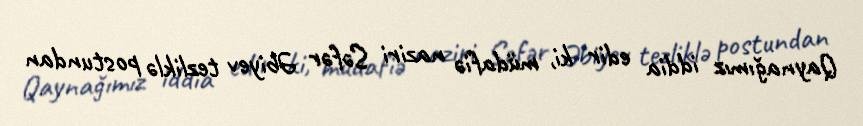
Qaynağımız iddia edir ki, müdafiə naziri Səfər Əbiyev tezliklə postundan